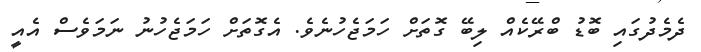
ދެމެދުގައި ބޮޑު ބްރޭކެއް ލިބޭ ގޮތަށް ހަމަޖެހުނެވެ. އެގޮތަށް ހަމަޖެހުނު ނަމަވެސް އެއީ